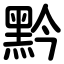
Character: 黔